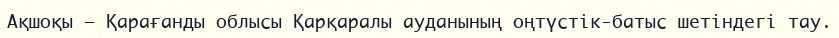
Ақшоқы – Қарағанды облысы Қарқаралы ауданының оңтүстік-батыс шетіндегі тау.